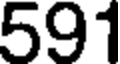
591